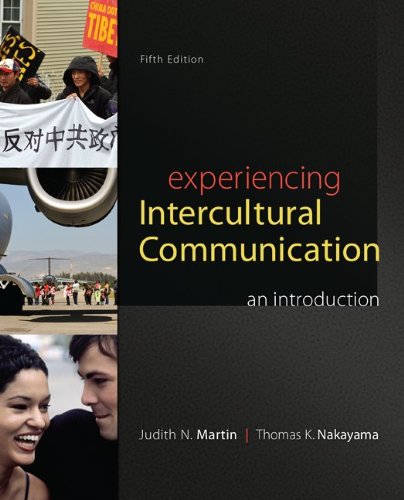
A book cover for Experiencing Intercultural Communication: An Introduction; Judith Martin; Reference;